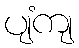
ပျံကျ